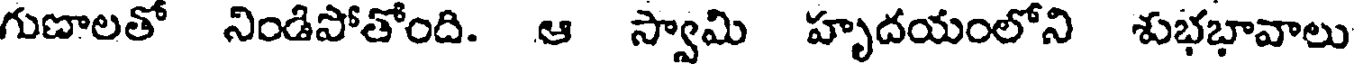
గుణాలతో నిండిపోతోంది. ఆ స్వామి హృదయంలోని శుభభావాలు